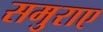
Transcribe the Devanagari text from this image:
समुराए